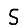
Digit: 5